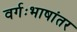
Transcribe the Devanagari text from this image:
वर्गःभाषांतर